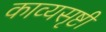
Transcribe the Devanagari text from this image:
काव्यसृष्टी